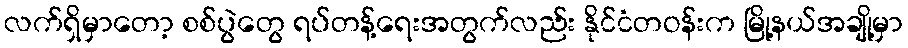
လက်ရှိမှာတော့ စစ်ပွဲတွေ ရပ်တန့်ရေးအတွက်လည်း နိုင်ငံတဝန်းက မြို့နယ်အချို့မှာ